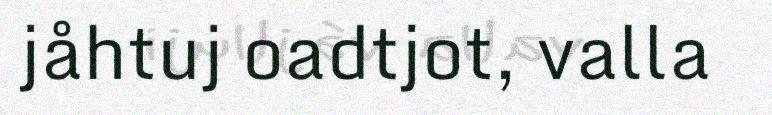
jåhtuj oadtjot, valla